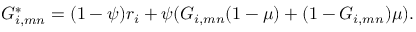
G _ { i , m n } ^ { * } = ( 1 - \psi ) r _ { i } + \psi ( G _ { i , m n } ( 1 - \mu ) + ( 1 - G _ { i , m n } ) \mu ) .